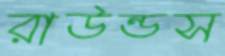
রাউন্ডস